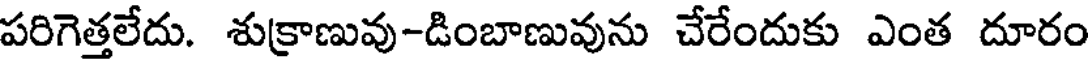
పరిగెత్తలేదు. శుక్రాణువు-డింబాణువును చేరేందుకు ఎంత దూరం